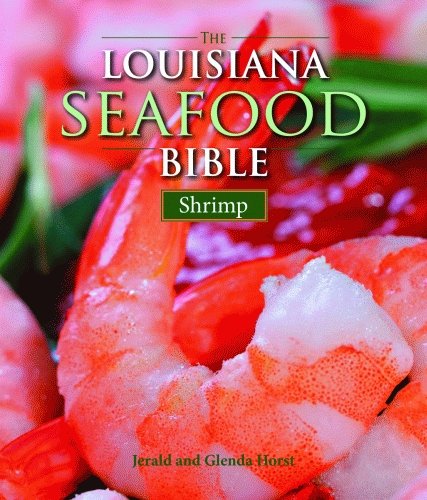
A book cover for Louisiana Seafood Bible, The: Shrimp; Jerald Horst; Cookbooks, Food & Wine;